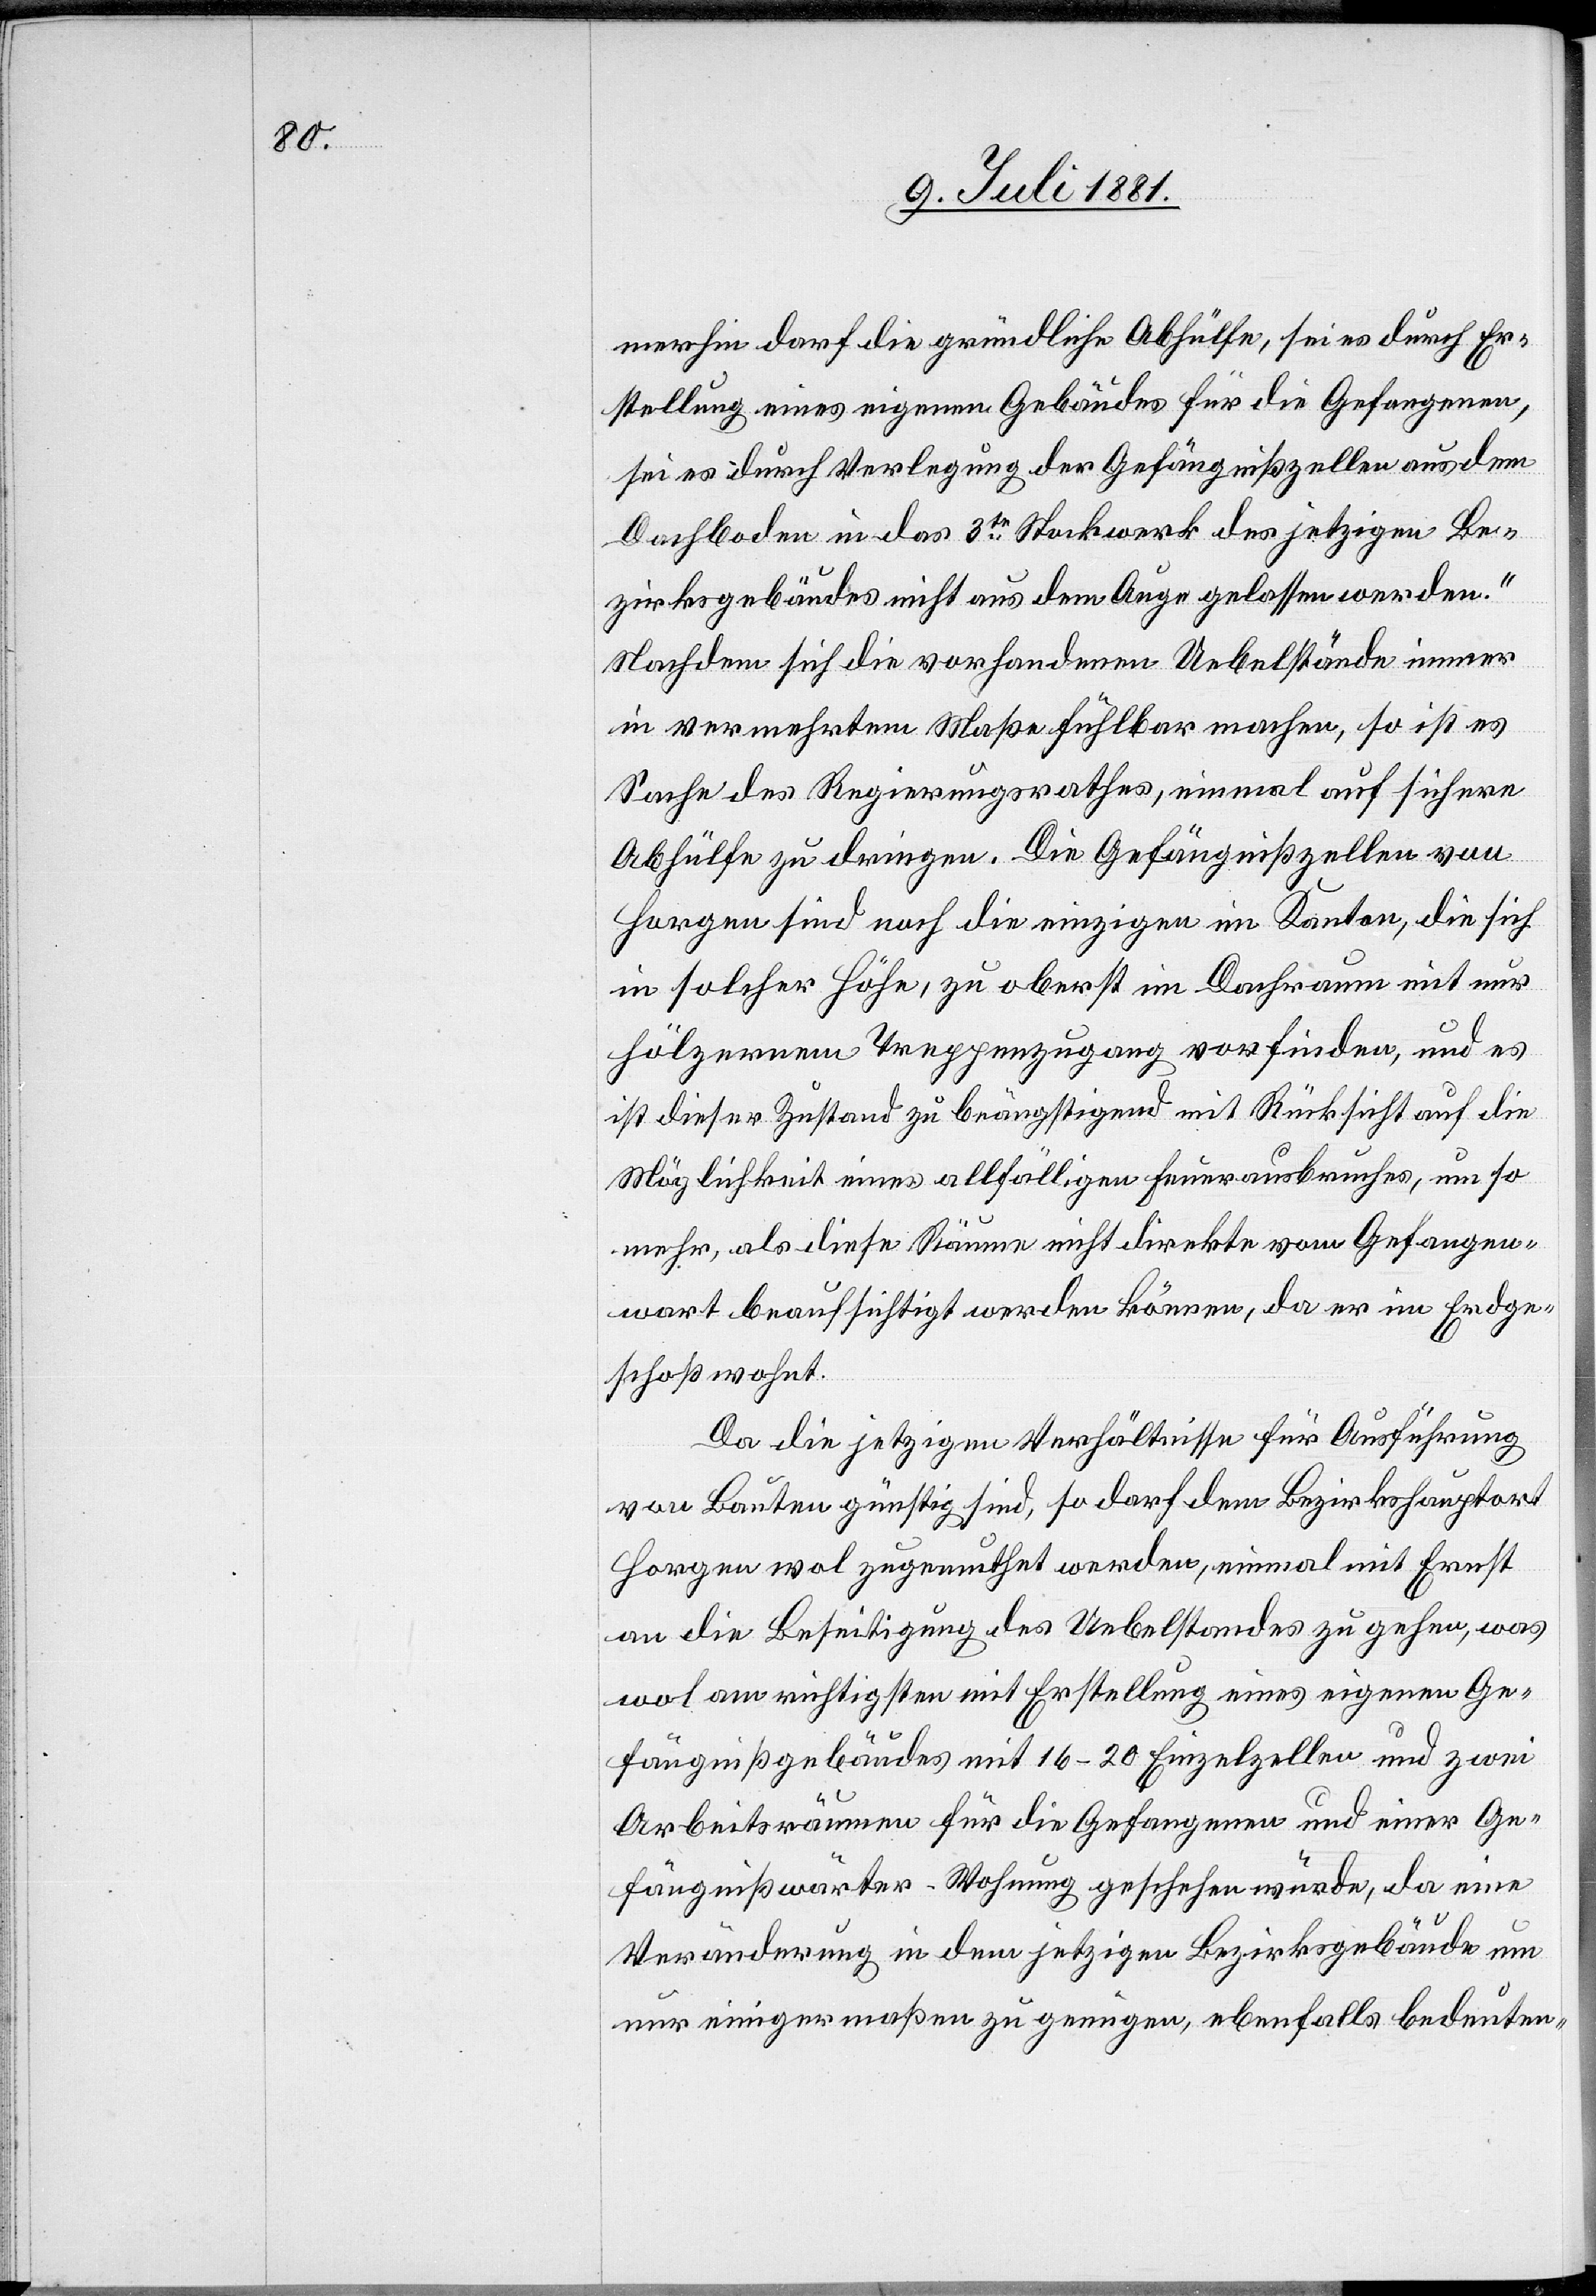
merhin darf die gründliche Abhülfe, sei es durch Er¬
stellung eines eigenen Gebäudes für die Gefangenen,
sei es durch Verlegung der Gefängnißzellen aus dem
Dachboden in das 3te Stockwerk des jetzigen Be¬
zirksgebäudes nicht aus dem Auge gelassen werden.“
Nachdem sich die vorhandenen Uebelstände immer
in vermehrtem Maße fühlbar machen, so ist es
Sache des Regierungsrathes, einmal auf sichere
Abhülfe zu dringen. Die Gefängnißzellen von
Horgen sind noch die einzigen im Kanton, die sich
in solcher Höhe, zu oberst im Dachraum mit nur
hölzernem Treppenzugang vorfinden, und es
ist dieser Zustand zu beängstigend mit Rücksicht auf die
Möglichkeit eines allfälligen Feuerausbruches, um so
mehr, als diese Räume nicht direkte vom Gefangen¬
wart beaufsichtigt werden können, da er im Erdge¬
schoß wohnt.
Da die jetzigen Verhältnisse für Ausführung
von Bauten günstig sind, so darf dem Bezirkshauptort
Horgen wol zugemuthet werden, einmal mit Ernst
an die Beseitigung des Uebelstandes zu gehen, was
wol am richtigsten mit Erstellung eines eigenen Ge¬
fängnißgebäudes mit 16–20 Einzelzellen und zwei
Arbeitsräumen für die Gefangenen und einer Ge¬
fängnißwärter-Wohnung geschehen würde, da eine
Veränderung in dem jetzigen Bezirksgebäude um
nur einigermaßen zu genügen, ebenfalls bedeuten-